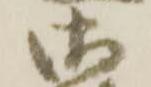
御